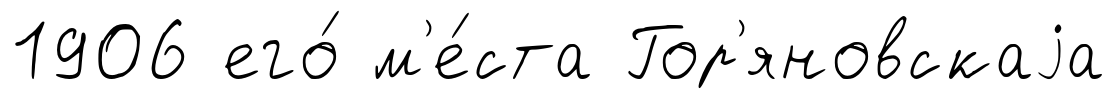
1906 его́ м'е́ста Гор'яновскаjа